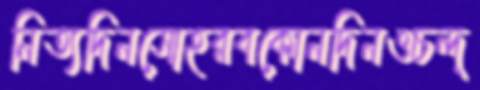
নিত্যদিনসোহরবকোনদিনওচন্দ্